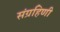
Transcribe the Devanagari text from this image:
संग्रहिणी